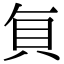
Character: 𮙭